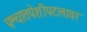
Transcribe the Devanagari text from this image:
पश्चातपेशीपटलावर